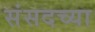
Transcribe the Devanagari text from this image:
संसदच्या